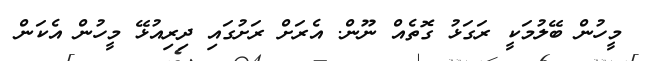
މީހުން ބޭލުމަކީ ރަގަޅު ގޮތެއް ނޫން. އެރަށް ރަށުގައި ދިރިއުޅޭ މީހުން އެކަން